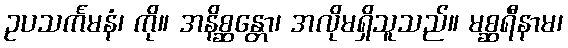
ဥပသင်္ကမနံ၊ ကို။ အနိစ္ဆန္တော၊ အလိုမရှိသူသည်။ မစ္ဆရီနာမ၊